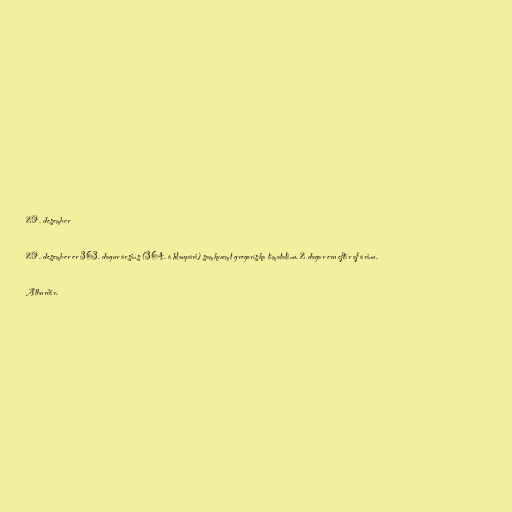
29. desember

29. desember er 363. dagur ársins (364. á hlaupári) samkvæmt gregoríska tímatalinu. 2 dagar eru eftir af árinu.

Atburðir.